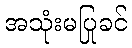
အသုံးမပြုခင်